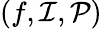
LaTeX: (f,\mathcal{I},\mathcal{P})